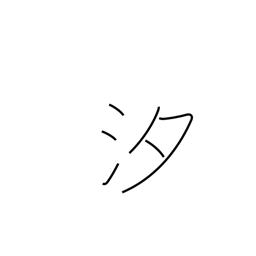
Meaning: salt water